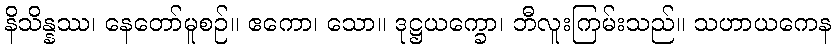
နိသိန္နဿ၊ နေတော်မူစဉ်။ ဧကော၊ သော။ ဒုဋ္ဌယက္ခော၊ ဘီလူးကြမ်းသည်။ သဟာယကေန